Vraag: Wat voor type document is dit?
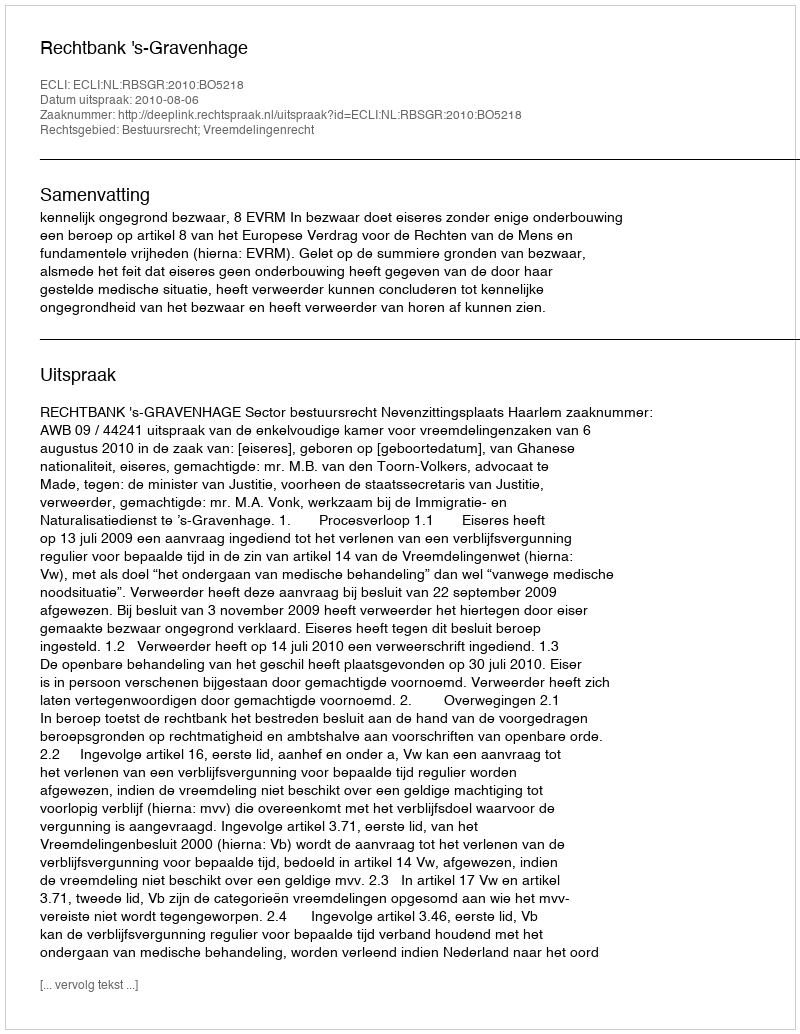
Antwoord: Uitspraak